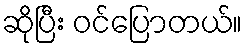
ဆိုပြီး ဝင်ပြောတယ်။